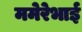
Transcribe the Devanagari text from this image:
ममेरेभाई